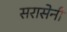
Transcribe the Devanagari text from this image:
सरासेनी